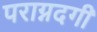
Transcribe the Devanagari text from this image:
पराग्नदगी